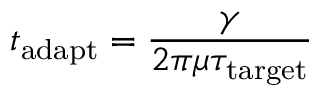
t _ { \mathrm { a d a p t } } = \frac { \gamma } { 2 \pi \mu \tau _ { \mathrm { t a r g e t } } }